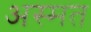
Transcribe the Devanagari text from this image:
अस्मत